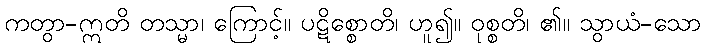
ကတွာ-ဣတိ တသ္မာ၊ ကြောင့်။ ပဋိစ္စောတိ၊ ဟူ၍။ ဝုစ္စတိ၊ ၏။ သွာယံ-သော